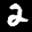
Label: 2